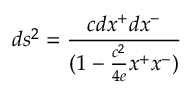
d s ^ { 2 } = { \frac { c d x ^ { + } d x ^ { - } } { ( 1 - { \frac { c ^ { 2 } } { 4 e } } x ^ { + } x ^ { - } ) } }